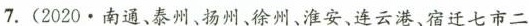
7.(2020\cdot 南通、泰州、扬州、徐州、淮安、连云港、宿迁七市二